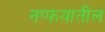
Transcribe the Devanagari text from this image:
नप्फयातील